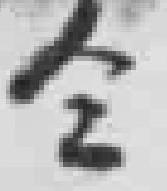
仝